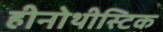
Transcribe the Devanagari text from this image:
हीनोथीस्टिक